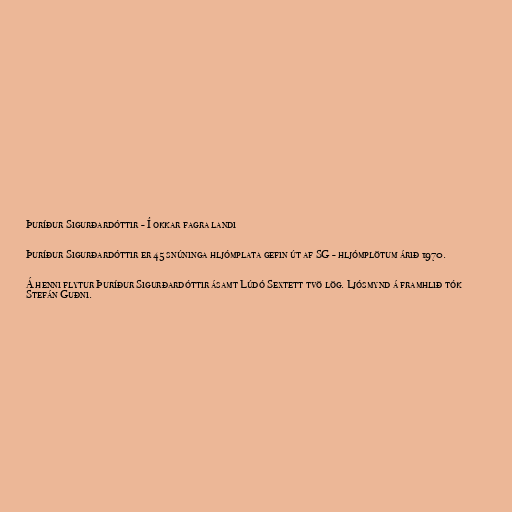
Þuríður Sigurðardóttir - Í okkar fagra landi

Þuríður Sigurðardóttir er 45 snúninga hljómplata gefin út af SG - hljómplötum árið 1970.

Á henni flytur Þuríður Sigurðardóttir ásamt Lúdó Sextett tvö lög. Ljósmynd á framhlið tók
Stefán Guðni.